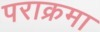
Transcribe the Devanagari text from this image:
पराक्रमा